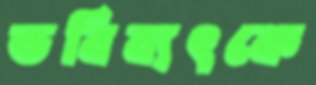
ভবিষ্যৎকে